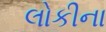
લોકીના